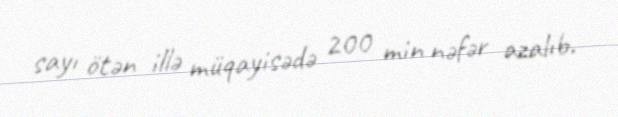
sayı ötən illə müqayisədə 200 min nəfər azalıb.